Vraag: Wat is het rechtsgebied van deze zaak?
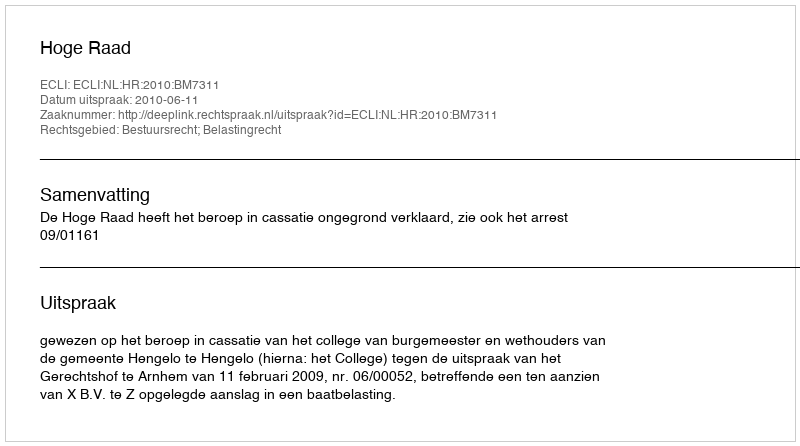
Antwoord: Bestuursrecht; Belastingrecht